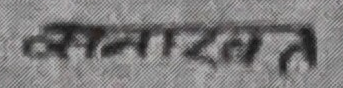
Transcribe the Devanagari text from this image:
व्यमादानल